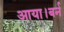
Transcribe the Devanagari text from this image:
आया।बर्न